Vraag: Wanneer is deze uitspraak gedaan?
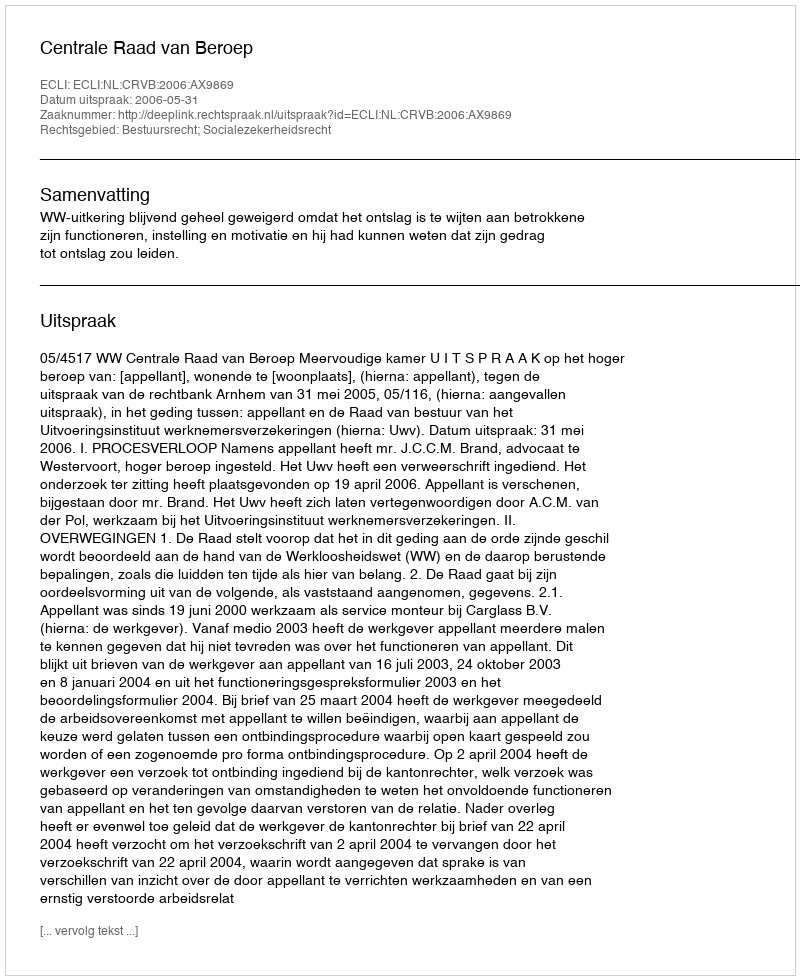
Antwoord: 2006-05-31